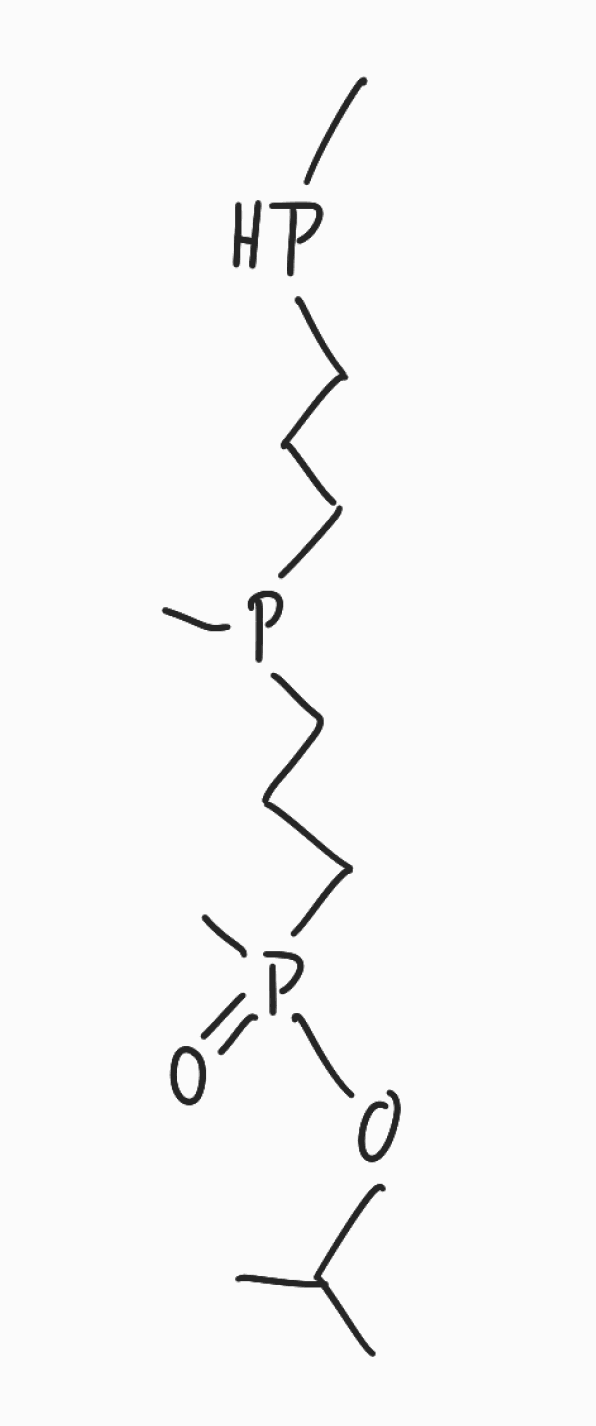
Simplified molecular-input line-entry system (SMILES) notation of the given molecule:
CC(C)OP(=O)(C)CCCP(C)CCCPC